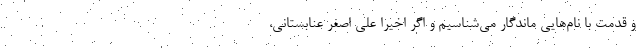
و قدمت با نام‌هایی ماندگار می‌شناسیم و اگر اخیرا علی اصغر عنابستانی،